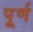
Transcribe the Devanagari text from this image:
पू्र्ण